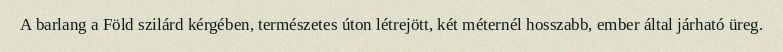
A barlang a Föld szilárd kérgében, természetes úton létrejött, két méternél hosszabb, ember által járható üreg.